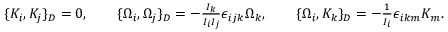
\begin{array} { r } { \{ K _ { i } , K _ { j } \} _ { D } = 0 , \qquad \{ \Omega _ { i } , \Omega _ { j } \} _ { D } = - \frac { I _ { k } } { I _ { i } I _ { j } } \epsilon _ { i j k } \Omega _ { k } , \qquad \{ \Omega _ { i } , K _ { k } \} _ { D } = - \frac { 1 } { I _ { i } } \epsilon _ { i k m } K _ { m } . } \end{array}